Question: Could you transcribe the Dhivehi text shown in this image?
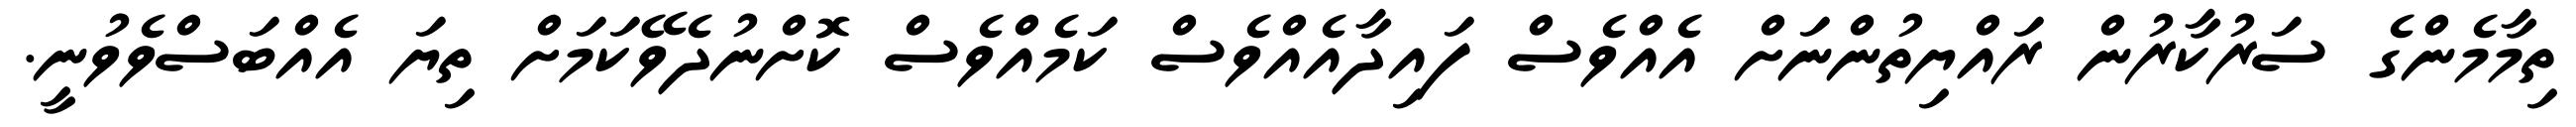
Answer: ތިމާމެންގެ ސަރުކާރުން ރައްޔިތުންނަށް އެއްވެސް ފައިދާއެއްވެސް ކަމެއްވެސް ކޮށްނުދެވޭކަމަށް ތިޔަ އެއްބަސްވެވުނީ.